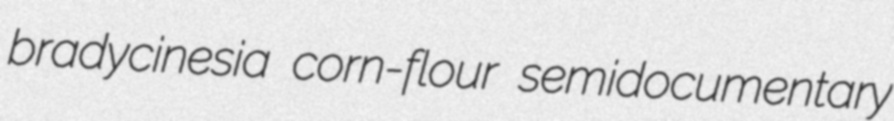
bradycinesia corn-flour semidocumentary